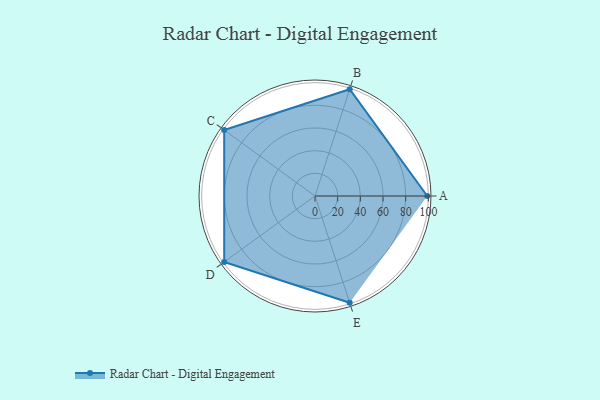
{"axis": {"x": "Skill", "y": "Score"}, "legend": ["Profile"], "data": [{"x": "A", "y": 99, "type": "Profile"}, {"x": "B", "y": 99, "type": "Profile"}, {"x": "C", "y": 99, "type": "Profile"}, {"x": "D", "y": 99, "type": "Profile"}, {"x": "E", "y": 99, "type": "Profile"}]}